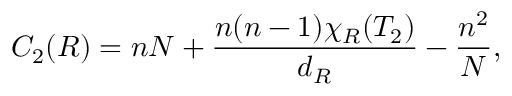
C _ { 2 } ( R ) = n N + \frac { n ( n - 1 ) \chi _ { R } ( T _ { 2 } ) } { d _ { R } } - \frac { n ^ { 2 } } { N } ,